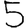
Digit: 5